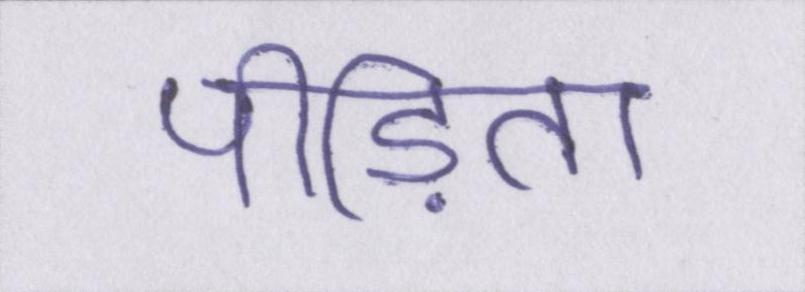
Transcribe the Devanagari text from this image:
पीड़िता